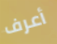
أعرف